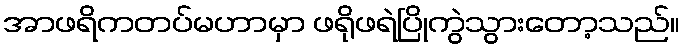
အာဖရိကတပ်မဟာမှာ ဖရိုဖရဲပြိုကွဲသွားတော့သည်။